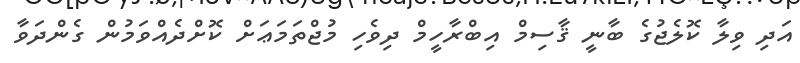
އަދި ވިލާ ކޮލެޖުގެ ބާނީ ޤާސިމް އިބްރާހީމް ދިވެހި މުޖްތަމަޢަށް ކޮށްދެއްވަމުން ގެންދަވާ